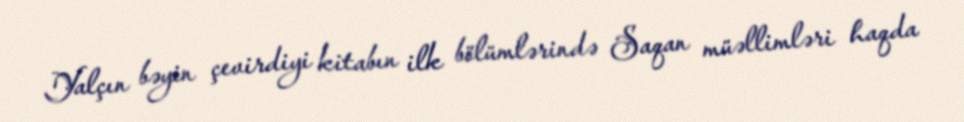
Yalçın bəyin çevirdiyi kitabın ilk bölümlərində Saqan müəllimləri haqda